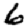
Digit: 6